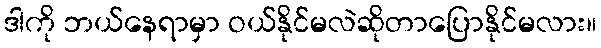
ဒါကို ဘယ်နေရာမှာ ဝယ်နိုင်မလဲဆိုတာပြောနိုင်မလား။